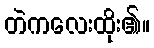
တဲကလေးထိုး၏။